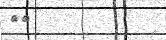
٥٩